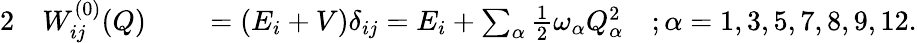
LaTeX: \begin{array}{rlrl}{{2}}&{{}W_{ij}^{(0)}(Q)}&{}&{{}=\left(E_{i}+V\right)\delta_{ij}=E_{i}+\sum_{\alpha}\frac{1}{2}\omega_{\alpha}Q_{\alpha}^{2}\quad;\alpha=1,3,5,7,8,9,12.}\end{array}